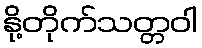
နို့တိုက်သတ္တဝါ